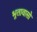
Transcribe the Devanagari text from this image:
भूतावासो